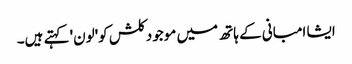
ایشا امبانی کے ہاتھ میں موجود کلش کو'لون' کہتے ہیں۔